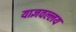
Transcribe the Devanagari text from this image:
याज्ञवल्लय